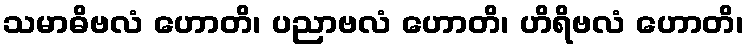
သမာဓိဗလံ ဟောတိ၊ ပညာဗလံ ဟောတိ၊ ဟိရိဗလံ ဟောတိ၊